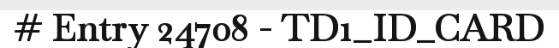
# Entry 24708 - TD1_ID_CARD